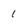
Character: 1